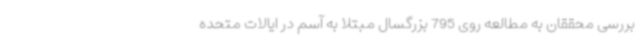
بررسی محققان به مطالعه روی 795 بزرگسال مبتلا به آسم در ایالات متحده